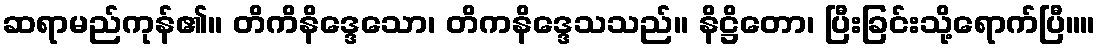
ဆရာမည်ကုန်၏။ တိကိနိဒ္ဒေသော၊ တိကနိဒ္ဒေသသည်။ နိဋ္ဌိတော၊ ပြီးခြင်းသို့ရောက်ပြီ။။